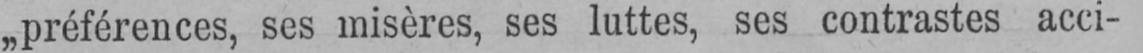
„préférences, ses misères, ses luttes, ses contrastes acci-